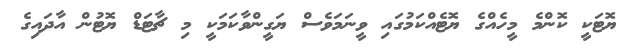
ޔޮޓަކީ ކޮންމެ މީހެއްގެ ޔޮޓެއްކަމުގައި ވީނަމަވެސް ޔަގީންްވާކަމަކީ މި ޗާޓަޑް ޔޮޓުން އާދައިގެ